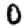
Digit: 0